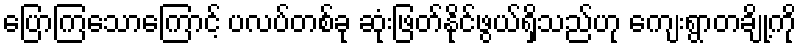
ပြောကြသောကြောင့် ပလပ်တစ်ခု ဆုံးဖြတ်နိုင်ဖွယ်ရှိသည်ဟု ကျေးရွာတချို့ကို